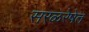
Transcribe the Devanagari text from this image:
सरळरेषेत